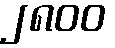
၂၈၀၀